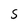
Character: 5